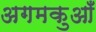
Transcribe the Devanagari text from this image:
अगमकुआँ